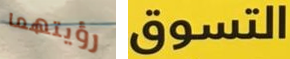
رؤيتهما التسوق